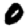
Digit: 0